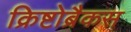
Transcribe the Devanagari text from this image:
क्रिष्टोब्रैकस